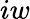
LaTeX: iw